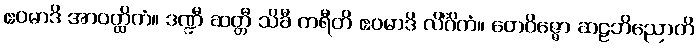
ဧဝမာဒိ အာဝတ္ထိကံ။ ဒဏ္ဍီ ဆတ္တီ သိခီ ကရီတိ ဧဝမာဒိ လိင်္ဂိကံ။ တေဝိဇ္ဇော ဆဠဘိညောတိ